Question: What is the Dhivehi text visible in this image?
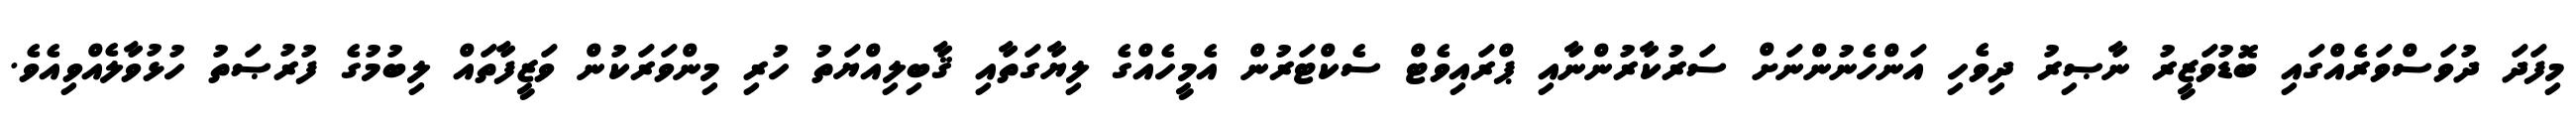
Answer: މިފަދަ ދުވަސްވަރެއްގައި ބޮޑުވަޒީރު ނާޞިރު ދިވެހި އަންހެނުންނަށް ސަރުކާރުންނާއި ޕްރައިވެޓް ސެކްޓަރުން އެމީހެއްގެ ލިޔާގަތާއި ޤާބިލިއްޔަތު ހުރި މިންވަރަކުން ވަޒީފާތައް ލިބުމުގެ ފުރުޞަތު ހުޅުވާލެއްވިއެވެ.